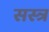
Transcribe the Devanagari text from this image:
सस्त्र